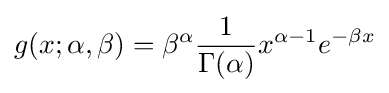
g(x;\alpha ,\beta )=\beta ^{\alpha }{\frac {1}{\Gamma (\alpha )}}x^{\alpha -1}e^{-\beta x}